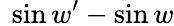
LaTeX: \ \sin w^{\prime}-\sin w